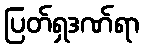
ပြတ်ရှဒဏ်ရာ